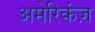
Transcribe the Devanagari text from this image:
अमेरिकंज़